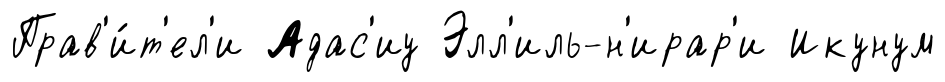
Прав'и́т'ел'и Адас'иу Элл'иль-н'ирар'и Икунум